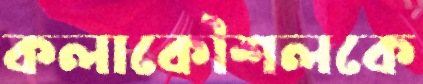
কলাকৌশলকে